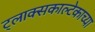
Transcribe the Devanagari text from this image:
ट्लाक्सकाल्टेकाच्या